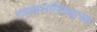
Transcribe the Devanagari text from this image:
रजाकारांविरुद्धच्या